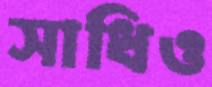
সাধিও